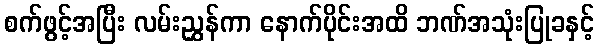
စက်ဖွင့်အပြီး လမ်းညွှန်ကာ နောက်ပိုင်းအထိ ဘဏ်အသုံးပြုခနှင့်